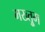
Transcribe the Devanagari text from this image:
मख्तुूम